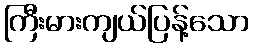
ကြီးမားကျယ်ပြန့်သော